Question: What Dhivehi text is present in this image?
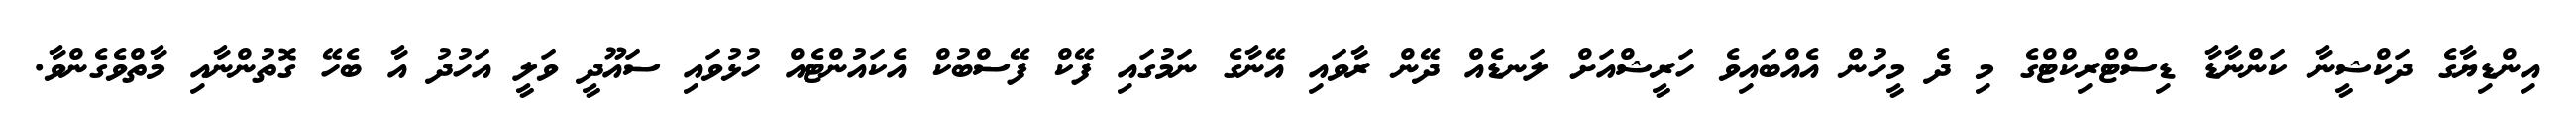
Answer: އިންޑިޔާގެ ދަކްޝީނާ ކަންނާޑާ ޑިސްޓްރިކްޓްގެ މި ދެ މީހުން އެއްބައިވެ ހަރީޝްއަށް ލަނޑެއް ދޭން ރާވައި އޭނާގެ ނަމުގައި ފޭކް ފޭސްބުކް އެކައުންޓެއް ހުޅުވައި ސައޫދީ ވަލީ އަހުދު އާ ބެހޭ ގޮތުންނާއި މާތްވެގެންވާ.